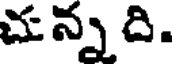
చున్నది.